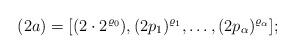
LaTeX: \begin{align*}(2a) = [(2 \cdot 2^{\varrho_{0}}), (2p_{1})^{\varrho_{1}}, \dots, (2p_{\alpha})^{\varrho_{\alpha}}];\end{align*}